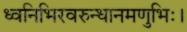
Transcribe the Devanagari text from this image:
ध्वनिभिरवरुन्धानमणुभिः।